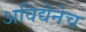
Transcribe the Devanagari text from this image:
अविद्येनेच